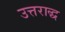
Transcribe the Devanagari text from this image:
उत्तराद्ध